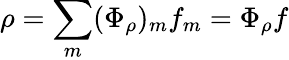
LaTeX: \rho=\sum_{m}(\Phi_{\rho})_{m}f_{m}=\Phi_{\rho}f